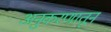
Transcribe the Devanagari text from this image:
अनुकरणातून